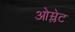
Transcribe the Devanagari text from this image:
ओम्लेट